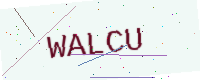
Text: WALCU